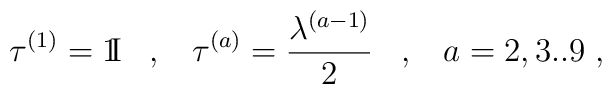
\tau^{(1)} = \mbox{1\hspace{-1.1mm}I} \; \; \; , \; \;\; \tau^{(a)} = \frac{\lambda^{(a-1)}}{2} \; \; \; , \; \; \; a = 2,3..9 \; ,